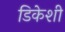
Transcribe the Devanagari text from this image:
डिकेशी